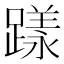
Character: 𨄶